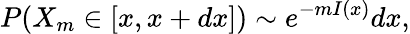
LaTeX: P(X_{m}\in[x,x+dx])\sim e^{-mI(x)}dx,